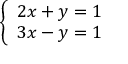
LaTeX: \textstyle { \left\{ \begin{array} { l l } { 2 x + y = 1 } \\ { 3 x - y = 1 } \end{array} \right. }